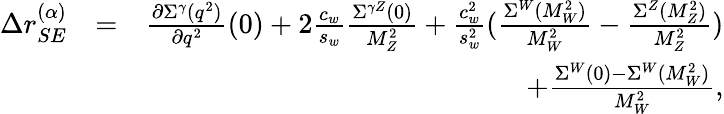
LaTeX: \begin{array}{rlr}{\Delta r_{SE}^{(\alpha)}}&{=}&{\frac{\partial\Sigma^{\gamma}(q^{2})}{\partial q^{2}}(0)+2\frac{c_{w}}{s_{w}}\frac{\Sigma^{\gamma Z}(0)}{M_{Z}^{2}}+\frac{c_{w}^{2}}{s_{w}^{2}}(\frac{\Sigma^{W}(M_{W}^{2})}{M_{W}^{2}}-\frac{\Sigma^{Z}(M_{Z}^{2})}{M_{Z}^{2}})}\\ &{}&{+\frac{\Sigma^{W}(0)-\Sigma^{W}(M_{W}^{2})}{M_{W}^{2}},}\end{array}